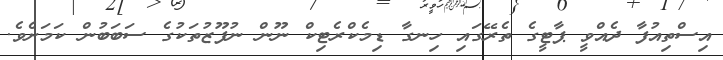
އިސްތިއުފާ ދެއްވީ ޕާޓީގެ ތެރޭގައި ހިނގާ ޑިމެކްރެޓިކް ނޫން ނުފޫޒުތަކުގެ ސަބަބުން ކަމަށެވެ.